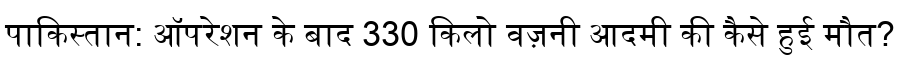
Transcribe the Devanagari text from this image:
पाकिस्तान: ऑपरेशन के बाद 330 किलो वज़नी आदमी की कैसे हुई मौत?